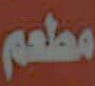
مطعم